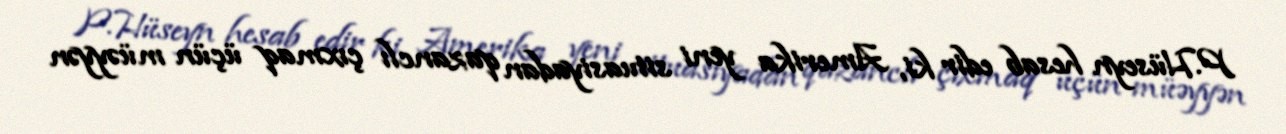
P.Hüseyn hesab edir ki, Amerika yeni situasiyadan qazanclı çıxmaq üçün müəyyən